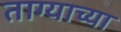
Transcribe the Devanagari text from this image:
ताग्याच्या